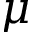
\mu